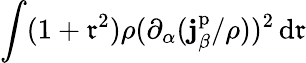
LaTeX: \int(1+\mathfrak{r}^{2})\rho(\partial_{\alpha}(\mathbf{{j}}_{\beta}^{\mathrm{{p}}}/\rho))^{2}\, \mathrm{{d}}\mathbf{{\mathfrak{r}}}